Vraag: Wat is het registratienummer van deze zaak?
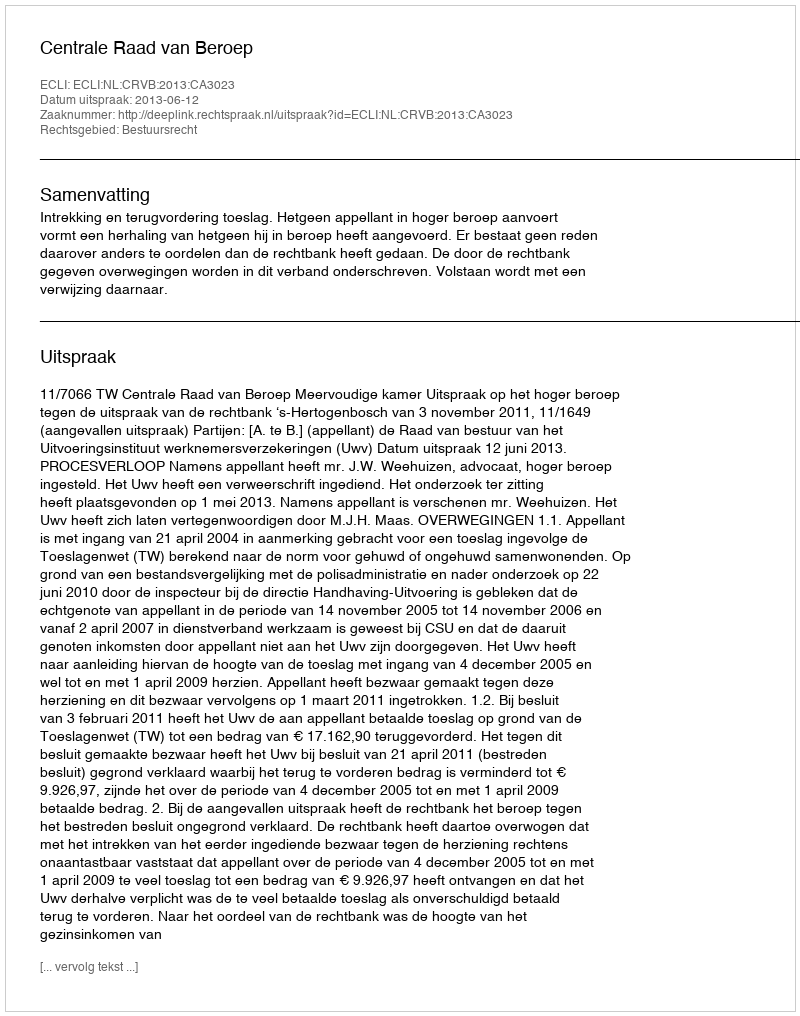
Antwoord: http://deeplink.rechtspraak.nl/uitspraak?id=ECLI:NL:CRVB:2013:CA3023